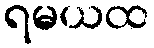
ရမယထ